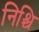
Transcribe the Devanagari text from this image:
निश्चि